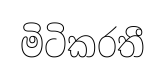
මිටිකරතී